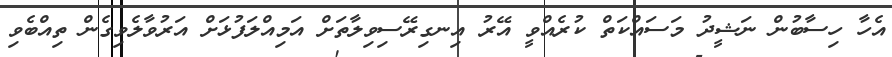
އެހާ ހިސާބުން ނަޝީދު މަސައްކަތް ކުރެއްވީ އޭރު އިނގިރޭސިވިލާތަށް އަމިއްލަފުޅަށް އަރުވާލެވިގެން ތިއްބެވި